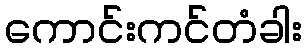
ကောင်းကင်တံခါး